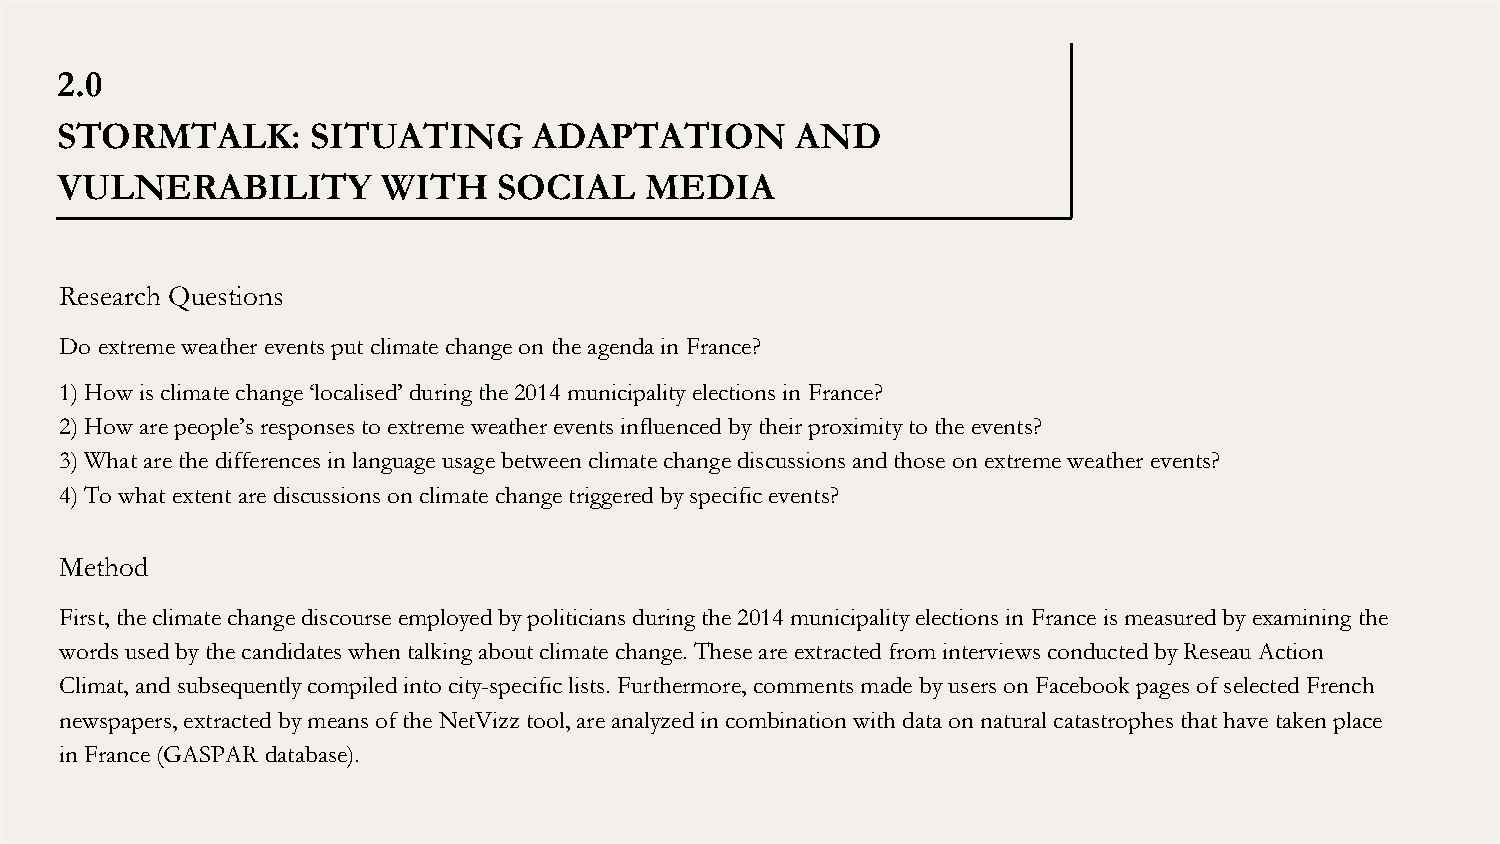
2.0
 STORMTALK:       SITUATING     ADAPTATION        AND
 VULNERABILITY        WITH    SOCIAL    MEDIA
 Research Questions
 Do extreme weather events put climate change on the agenda in France?
 1) How is climate change ‘localised’ during the 2014 municipality elections in France?
 2) How are people’s responses to extreme weather events influenced by their proximity to the events?
 3) What are the differences in language usage between climate change discussions and those on extreme weather events?
 4) To what extent are discussions on climate change triggered by specific events?
 Method
 First, the climate change discourse employed by politicians during the 2014 municipality elections in France is measured by examining the
 words used by the candidates when talking about climate change. These are extracted from interviews conducted by Reseau Action
 Climat, and subsequently compiled into city-specific lists. Furthermore, comments made by users on Facebook pages of selected French
 newspapers, extracted by means of the NetVizz tool, are analyzed in combination with data on natural catastrophes that have taken place
 in France (GASPAR database).